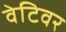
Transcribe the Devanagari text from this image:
वेटिवर